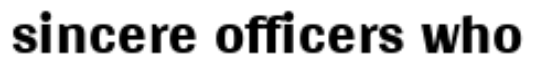
sincere officers who